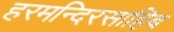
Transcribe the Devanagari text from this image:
हरमन्दिरसाहिब